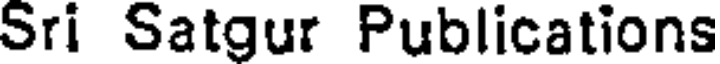
Sri Satgur Publications